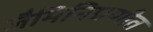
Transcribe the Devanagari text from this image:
जैमिनिप्रणीत